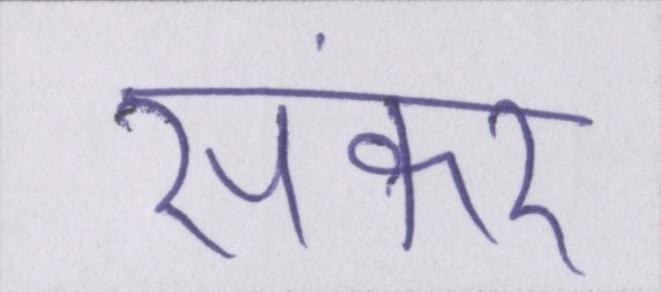
संकर